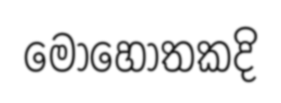
මොහොතකදි